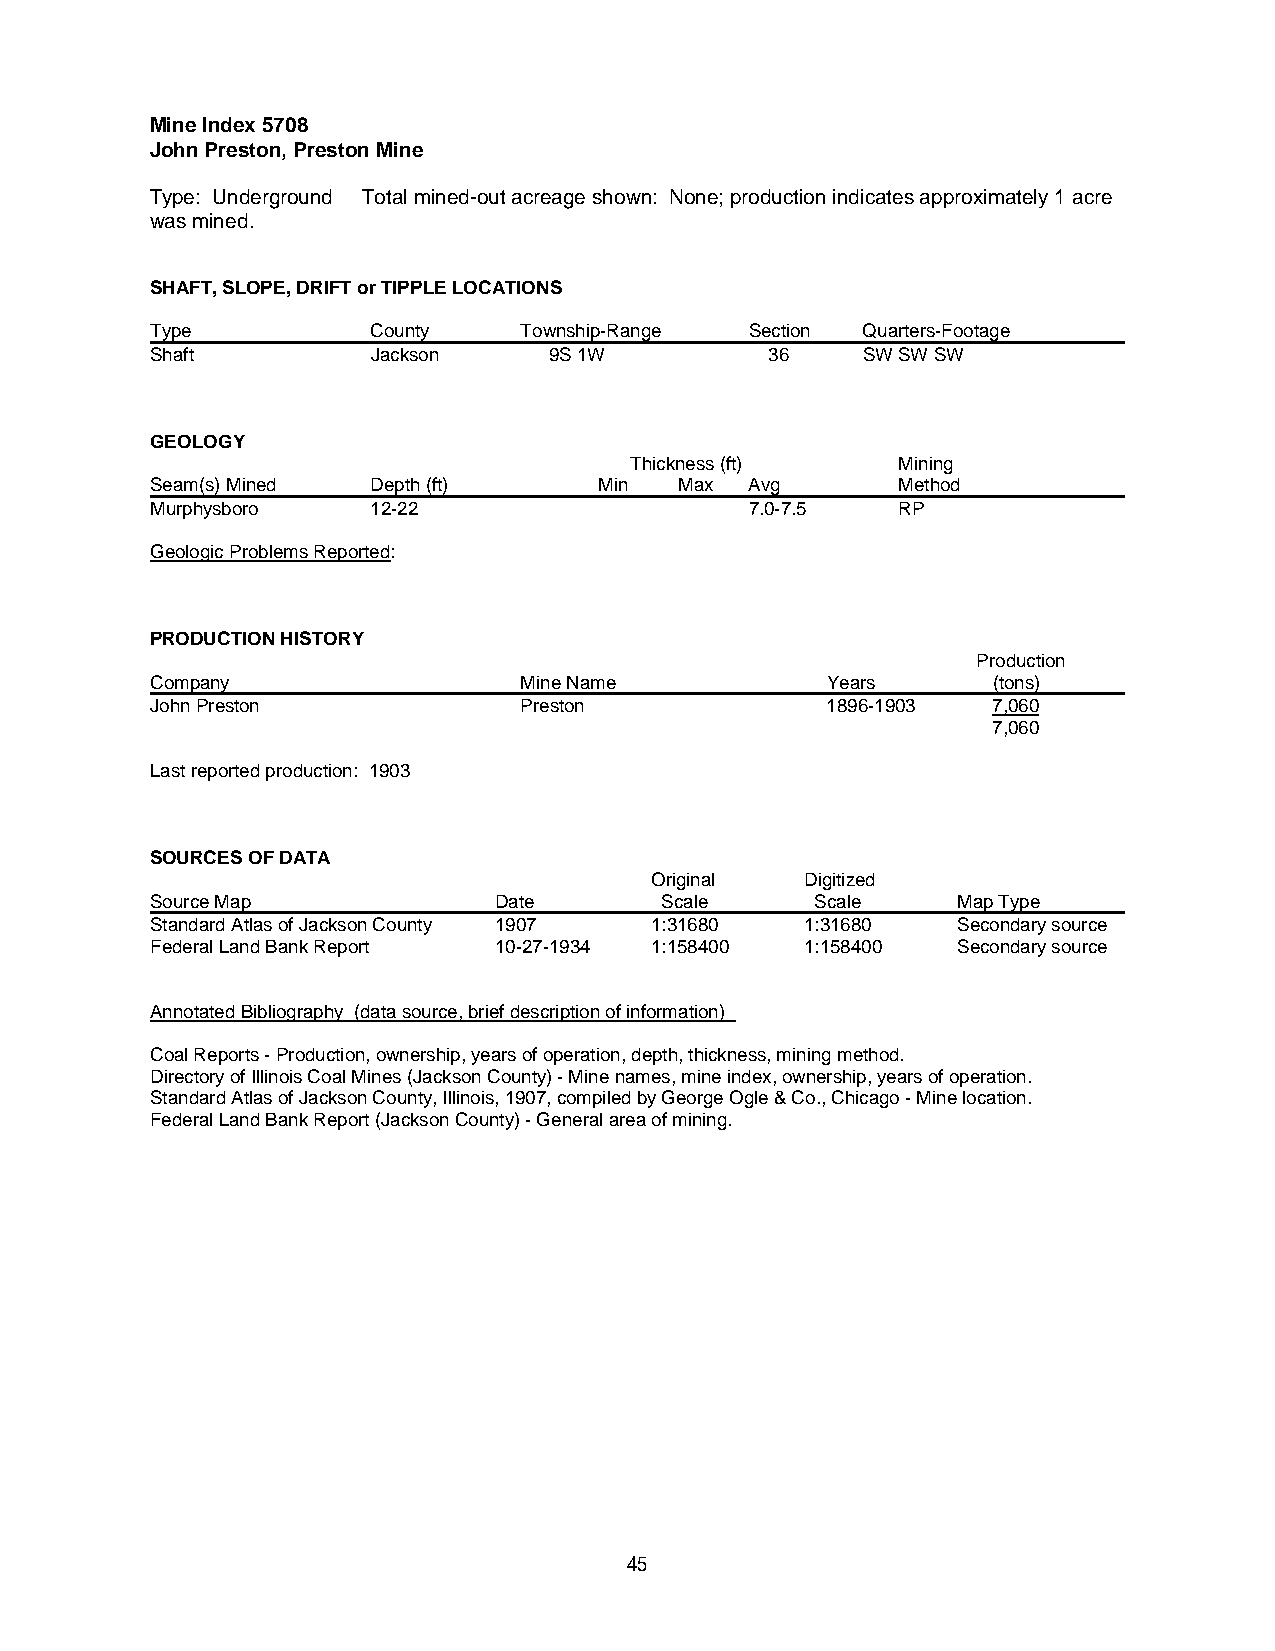
Mine Index 5708
 John Preston, Preston Mine
 Type: Underground Total mined-out acreage shown: None; production indicates approximately 1 acre
 was mined.
 SHAFT, SLOPE, DRIFT or TIPPLE LOCATIONS
 Type           County   Township-Range  Section Quarters-Footage
 Shaft          Jackson    9S 1W          36    SW SW SW
 GEOLOGY
 Thickness (ft)   Mining
 Seam(s) Mined  Depth (ft)     Min  Max  Avg      Method
 Murphysboro    12-22                    7.0-7.5  RP
 Geologic Problems Reported:
 PRODUCTION HISTORY
 Production
 Company                 Mine Name            Years      (tons)
 John Preston            Preston              1896-1903  7,060
 7,060
 Last reported production: 1903
 SOURCES OF DATA
 Original  Digitized
 Source Map             Date       Scale     Scale    Map Type
 Standard Atlas of Jackson County 1907 1:31680 1:31680 Secondary source
 Federal Land Bank Report 10-27-1934 1:158400 1:158400 Secondary source
 Annotated Bibliography (data source, brief description of information)
 Coal Reports - Production, ownership, years of operation, depth, thickness, mining method.
 Directory of Illinois Coal Mines (Jackson County) - Mine names, mine index, ownership, years of operation.
 Standard Atlas of Jackson County, Illinois, 1907, compiled by George Ogle & Co., Chicago - Mine location.
 Federal Land Bank Report (Jackson County) - General area of mining.
 45